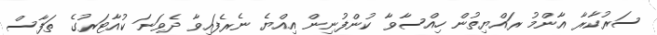
ސަރުކާރާ އާންމު ރައްޔިތުން ހިއްސާވާ ކުންފުނިން އިއްޔެ ނެރެފައިވާ ދެވަނަ ކުއާޓަރުގެ ތަފާސް